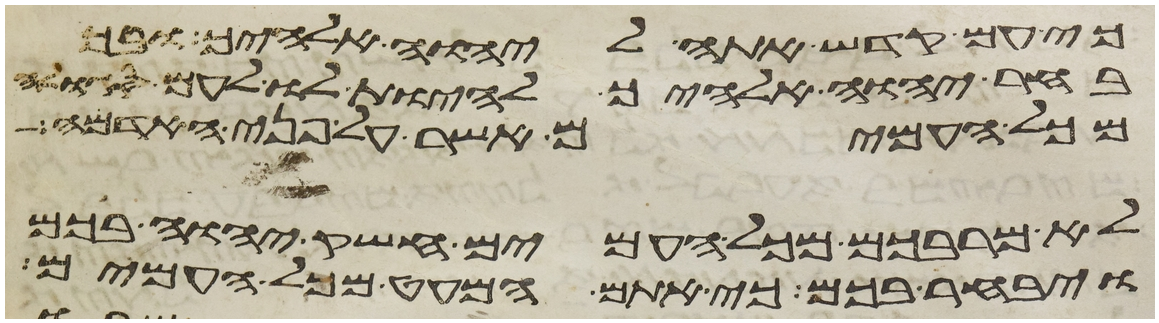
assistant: כי עם קדש אתה ליהוה אלהיך ובך
בחר יהוה אלהיך להיות לו לעם סגלה
מכל העמים אשר על פני האדמה
לא מרבכם מכל העמים חשק יהוה בכם
ויבחר בכם כי אתם המעט מכל העמים